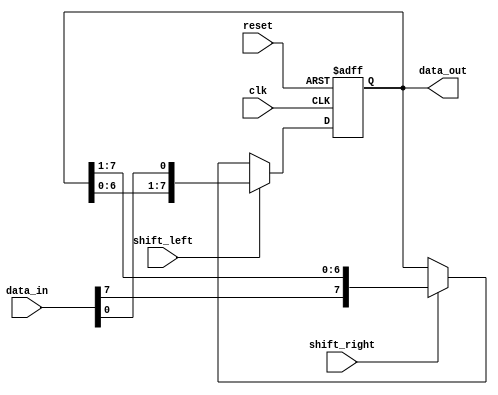
module ShiftRegister #(parameter WIDTH = 8) (
    input wire clk,
    input wire reset,
    input wire shift_left,
    input wire shift_right,
    input wire [WIDTH-1:0] data_in,
    output reg [WIDTH-1:0] data_out
);

reg [WIDTH-1:0] storage_reg;

always @(posedge clk or posedge reset) begin
    if (reset) begin
        storage_reg <= 0;
    end else if (shift_left) begin
        storage_reg <= {storage_reg[WIDTH-2:0], data_in[0]};
    end else if (shift_right) begin
        storage_reg <= {data_in[WIDTH-1], storage_reg[WIDTH-1:1]};
    end
end

assign data_out = storage_reg;

endmodule